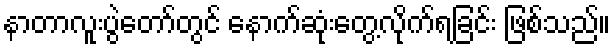
နာတာလူးပွဲတော်တွင် နောက်ဆုံးတွေ့လိုက်ရခြင်း ဖြစ်သည်။